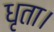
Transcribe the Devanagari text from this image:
धृता।